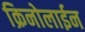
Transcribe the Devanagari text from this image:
क्रिनोलाईन